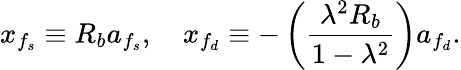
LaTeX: x_{f_{s}}\equiv R_{b}a_{f_{s}},\quad x_{f_{d}}\equiv-\left(\frac{\lambda^{2}R_{b}}{1-\lambda^{2}}\right)a_{f_{d}}.